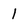
Character: l